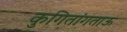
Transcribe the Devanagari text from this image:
कुगितांगताऊ